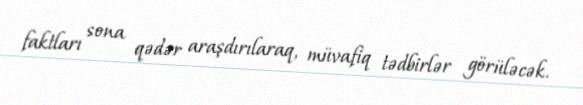
faktları sona qədər araşdırılaraq, müvafiq tədbirlər görüləcək.